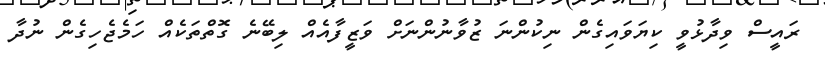
ރައީސް ވިދާޅުވީ ކިޔަވައިގެން ނިކުންނަ ޒުވާނުންނަށް ވަޒީފާއެއް ލިބޭނެ ގޮތްތަކެއް ހަމެޖެހިގެން ނުދާ